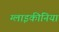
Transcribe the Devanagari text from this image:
ग्लाइकीनिया